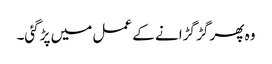
وہ پھر گڑ گڑانے کے عمل میں پڑگئی۔